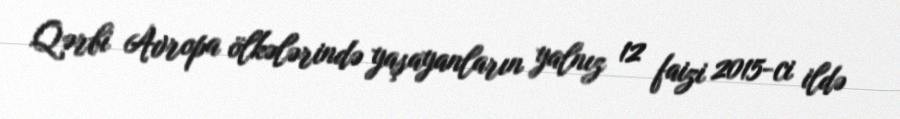
Qərbi Avropa ölkələrində yaşayanların yalnız 12 faizi 2015-ci ildə